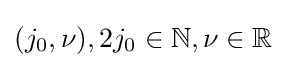
(j_{0},\nu ),2j_{0}\in \mathbb {N} ,\nu \in \mathbb {R}